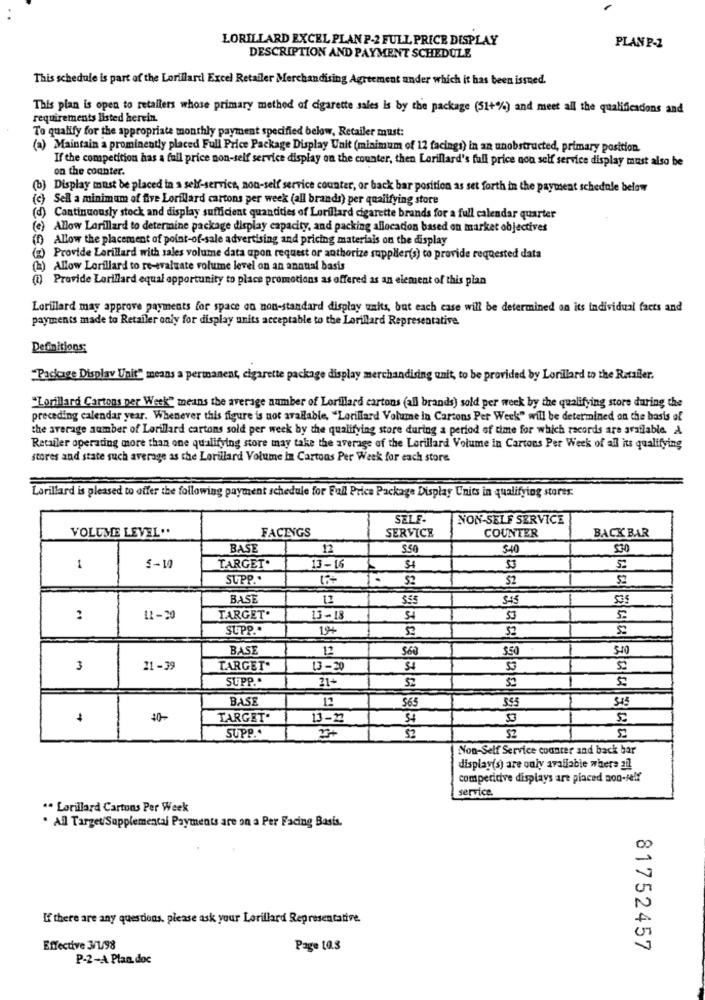
LORILLARD EXCEL PLAN P-2 FULL PRICE DISPLAY
PLAN P-2
DESCRIPTION AND PAYMENT SCHEDULE
This schedule is part of the Lorillard Excel Retailer Merchandising Agreement ander which it has been issued.
This plan is open to retailers whose primary method of cigarette sales is by the package (51+%) and meet all the qualificadons and
requirements listed herein.
To qualify for the appropriate monthly payment specified below, Retailer must:
(a) Maintain a prominently placed Full Price Package Display Unit (minimum of 12 facings) in an unobstructed, primary position.
If the competition has a full price non-self service display on the counter, then Lorillard's full price non self service display must also be
on the counter.
(b) Display must be placed in a self-service, non-self service counter, or back bar position as set forth in the payment schedule below
(c) Sell a minimum of five Lorillard cartons per week (all brands) per qualifying store
(d) Continuously stock and display sufficient quantities of Lorillard cigarette brands for a full calendar quarter
(e) Allow Lorillard to determine package display capacity, and packing allocation based on market objectives
(f) Allow the placement of point-of-sale advertising and pricing materiais on the display
(g) Provide Lorillard with sales volume data upon request or authorize supplier(s) to provide requested data
(a) Allow Lorillard to re-evaluate volume level on an annual basis
(1) Provide Lorillard equal opportunity to place promotions as offered as an element of this plan
Lorillard may approve payments for space on non-standard display units, but each case will be determined on its individual facts and
payments made to Retailer only for display units acceptable to the Lorillard Representative
Definitions:
"Package Display Unit" means a permanent, cigarette package display merchandising unit, to be provided by Lorillard to the Retailer.
"Lorillard Cartons per Week" means the average number of Lorillard cartons (all brands) sold per week by the qualifying store during the
preceding calendar year. Whenever this figure is not available, "Lorillard Volume in Cartons Per Week" will be determined on the basis of
the average aumber of Lorillard cartons sold per week by the qualifying store during a period of time for which records are available. A
Retailer operating more than one qualifying store may take the average of the Lorillard Volume in Cartons Per Week of all its qualifying
stores and state such average as the Lorillard Volume In Cartons Per Week for each store
Lorillard is pleased to offer the following payment schedule for Full Price Package Display Units in qualifying stores.
SELF.
NON-SELF SERVICE
FACINGS
VOLUME LEVEL ..
SERVICE
COUNTER
BACK BAR
BASE
12
S50
$40
530
-
5 -10
TARGET*
13-16
SUPP .
t+
S?
S2
BASE
12
$55
545
535
11-20
TARGET'
13-18
S4
SUPP ..
19+
BASE
12
550
$40
3
21 -39
TARGET.
13-20
SUPP.
31+
-
BASE
12
3.53
345
565
10-
TARGET"
13-22
SUPP ..
52
--
Non-Self Service counter and back bar
display(s) are only available where all
competitive displays are piaced non-self
service.
** Lorillard Cartons Per Week
· All Target/Supplemental Payments are on a Per Facing Basis.
If there are any questions, please ask your Lorillard Representative.
Effective 3/1/98
Page to.3
81752457
P-2-A Plan. doc